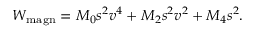
W _ { \mathrm { m a g n } } = M _ { 0 } s ^ { 2 } v ^ { 4 } + M _ { 2 } s ^ { 2 } v ^ { 2 } + M _ { 4 } s ^ { 2 } .